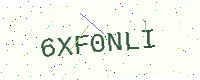
Text: 6XF0NLI